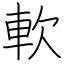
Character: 軟